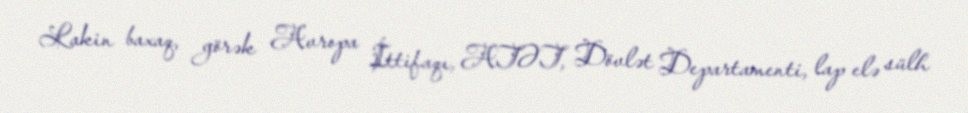
Lakin baxaq, görək Avropa İttifaqı, ATƏT, Dövlət Departamenti, lap elə sülh